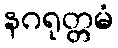
နဂရုတ္တမံ